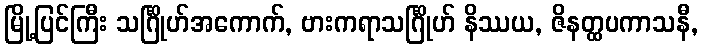
မြို့ပြင်ကြီး သင်္ဂြိုဟ်အကောက်, ဗားကရာသင်္ဂြိုဟ် နိဿယ, ဇိနတ္ထပကာသနီ,